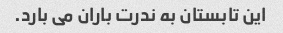
این تابستان به ندرت باران می بارد.